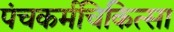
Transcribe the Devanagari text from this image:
पंचकर्मचिकित्सा